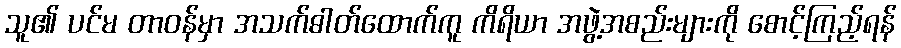
သူ၏ ပင်မ တာဝန်မှာ အသက်ဓါတ်ထောက်ကူ ကိရိယာ အဖွဲ့အစည်းများကို စောင့်ကြည့်ရန်